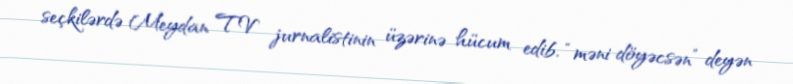
seçkilərdə Meydan TV jurnalistinin üzərinə hücum edib, “məni döyəcsən” deyən